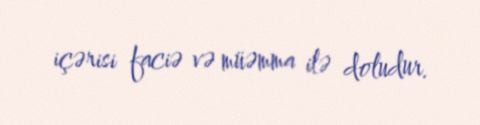
içərisi faciə və müəmma ilə doludur.